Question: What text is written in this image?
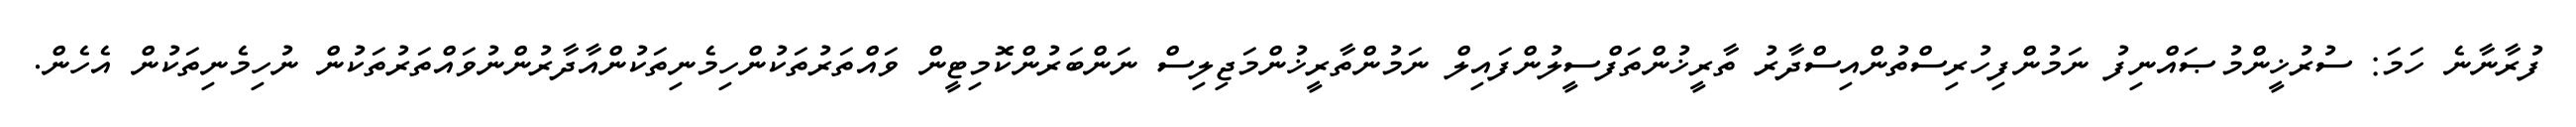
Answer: ފުރާނާނެ ހަމަ: ސުރުޚީންމުޞައްނިފު ނަމުންފިހުރިސްތުންއިސްދާރު ތާރީޚުންތަފްސީލުންފައިލް ނަމުންތާރީޚުންމަޖިލިސް ނަންބަރުންކޮމިޓީން ވައްތަރުތަކުންހިމެނިތަކުންއާދާރުންނުވައްތަރުތަކުން ނުހިމެނިތަކުން އެހެން.